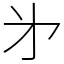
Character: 㐧